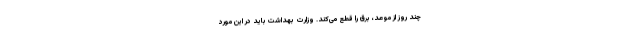
چند روز از موعد، برق را قطع می‌کند. وزارت بهداشت باید در این مورد